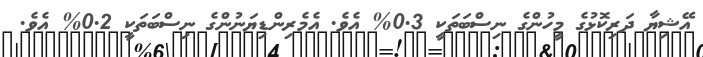
އޭޝިޔާ ދަރިކޮޅުގެ މީހުންގެ ނިސްބަތަކީ 0.3% އެވެ. އެމެރިންޑިޔަނުންގެ ނިސްބަތަކީ 0.2% އެވެ.